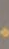
.